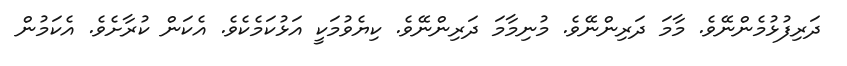
ދަރިފުޅުމެންނޭވެ. މާމަ ދަރިންނޭވެ. މުނިމާމަ ދަރިންނޭވެ. ކިޔެވުމަކީ އަޅުކަމެކެވެ. އެކަން ކުރާށެވެ. އެކަމުން